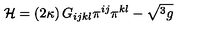
{ \cal H } = \left( 2 \kappa \right) G _ { i j k l } \pi ^ { i j } \pi ^ { k l } - \sqrt { ^ { 3 } g }